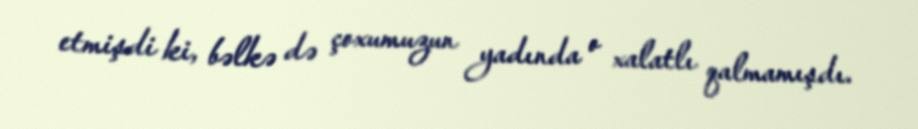
etmişdi ki, bəlkə də çoxumuzun yadında o xalatlı qalmamışdı.